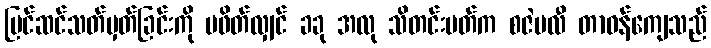
ပြင်ဆင်သတ်မှတ်ခြင်းကို မဖိတ်လျှင် ခခု အလု သိတင်းပတ်က စဇဲမလီ တာဝန်ကျေသည်